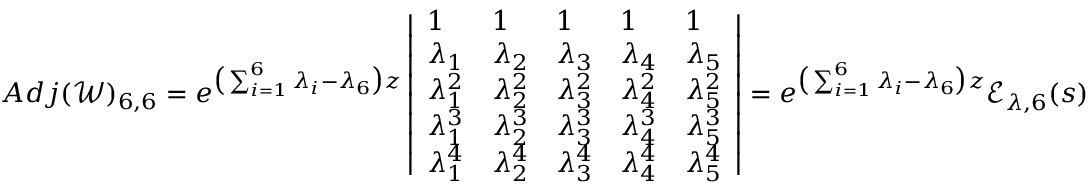
A d j ( \mathscr { W } ) _ { 6 , 6 } = e ^ { \big ( \sum _ { i = 1 } ^ { 6 } \lambda _ { i } - \lambda _ { 6 } \big ) z } \left| \begin{array} { l l l l l } { 1 } & { 1 } & { 1 } & { 1 } & { 1 } \\ { \lambda _ { 1 } } & { \lambda _ { 2 } } & { \lambda _ { 3 } } & { \lambda _ { 4 } } & { \lambda _ { 5 } } \\ { \lambda _ { 1 } ^ { 2 } } & { \lambda _ { 2 } ^ { 2 } } & { \lambda _ { 3 } ^ { 2 } } & { \lambda _ { 4 } ^ { 2 } } & { \lambda _ { 5 } ^ { 2 } } \\ { \lambda _ { 1 } ^ { 3 } } & { \lambda _ { 2 } ^ { 3 } } & { \lambda _ { 3 } ^ { 3 } } & { \lambda _ { 4 } ^ { 3 } } & { \lambda _ { 5 } ^ { 3 } } \\ { \lambda _ { 1 } ^ { 4 } } & { \lambda _ { 2 } ^ { 4 } } & { \lambda _ { 3 } ^ { 4 } } & { \lambda _ { 4 } ^ { 4 } } & { \lambda _ { 5 } ^ { 4 } } \end{array} \right| = e ^ { \big ( \sum _ { i = 1 } ^ { 6 } \lambda _ { i } - \lambda _ { 6 } \big ) z } \mathscr { E } _ { \lambda , 6 } ( s )